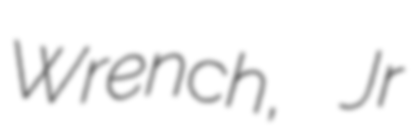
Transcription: Wrench, Jr